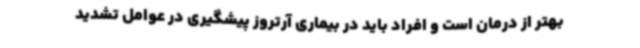
بهتر از درمان است و افراد باید در بیماری آرتروز پیشگیری در عوامل تشدید